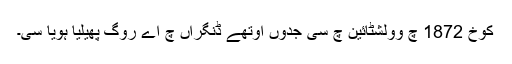
کوخ 1872 چ وولشٹائین چ سی جدوں اوتھے ڈنگراں چ اے روگ پھیلیا ہویا سی۔